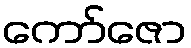
ကော်ဇော